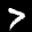
Label: 7